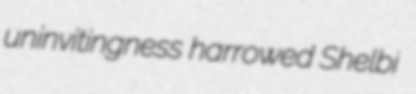
uninvitingness harrowed Shelbi